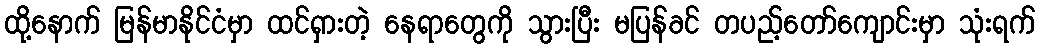
ထို့နောက် မြန်မာနိုင်ငံမှာ ထင်ရှားတဲ့ နေရာတွေကို သွားပြီး မပြန်ခင် တပည့်တော်ကျောင်းမှာ သုံးရက်